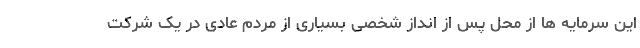
این سرمایه ها از محل پس از انداز شخصی بسیاری از مردم عادی در یک شرکت